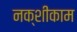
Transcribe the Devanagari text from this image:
नक्शीकाम